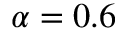
\alpha = 0 . 6